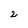
Character: 2